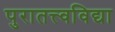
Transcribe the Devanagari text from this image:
पुरातत्त्वविद्या